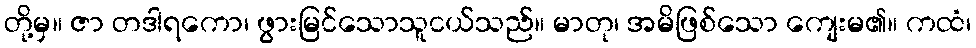
တို့မှ။ ဇာ တဒါရကော၊ ဖွားမြင်သောသူငယ်သည်။ မာတု၊ အမိဖြစ်သော ကျေးမ၏။ ကထံ၊